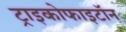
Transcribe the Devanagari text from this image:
ट्राइकोफाइटॉन